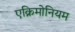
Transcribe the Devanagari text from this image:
एक्रिमोनियम